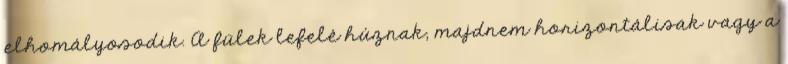
elhomályosodik. A fülek lefelé húznak, majdnem horizontálisak vagy a